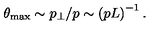
\theta _ { \max } \sim p _ { \perp } / p \sim \left( p L \right) ^ { - 1 } .